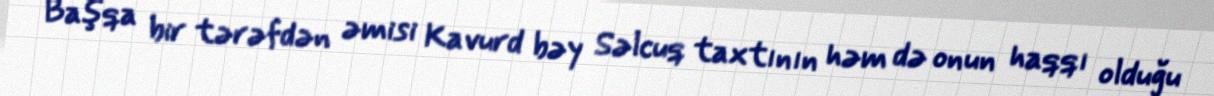
Başqa bir tərəfdən əmisi Kavurd bəy Səlcuq taxtının həm də onun haqqı olduğu